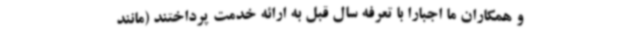
و همکاران ما اجبارا با تعرفه سال قبل به ارائه خدمت پرداختند (مانند